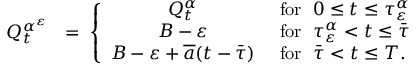
\begin{array} { r l } { Q _ { t } ^ { \alpha ^ { \varepsilon } } } & { = \; \left\{ \begin{array} { c l } { Q _ { t } ^ { \alpha } } & { \mathrm { ~ f o r ~ } \; 0 \leq t \leq \tau _ { \varepsilon } ^ { \alpha } } \\ { B - \varepsilon } & { \mathrm { ~ f o r ~ } \; \tau _ { \varepsilon } ^ { \alpha } < t \leq \bar { \tau } } \\ { B - \varepsilon + \overline { { a } } ( t - \bar { \tau } ) } & { \mathrm { ~ f o r ~ } \; \bar { \tau } < t \leq T . } \end{array} \right. } \end{array}